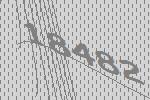
18482